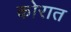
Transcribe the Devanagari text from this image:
कोरात